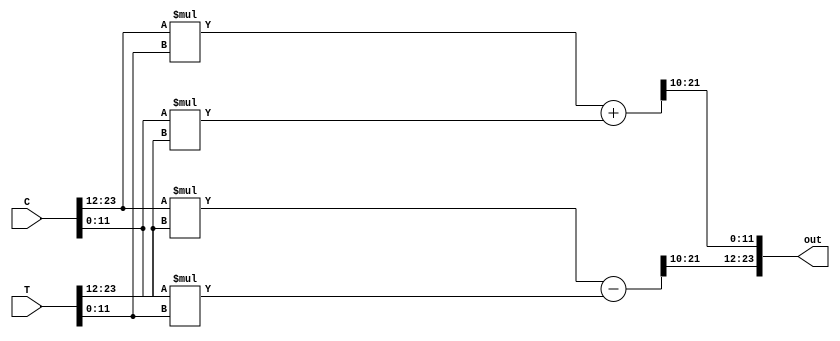
// Twiddle factor module
// Butterfly   twiddle factor   .

module Twiddle_Factor(out, C, T);

    output signed[24-1:0] out;
    input signed[24-1:0] C;
    input signed[24-1:0] T;

    wire signed[12-1:0] C_r, C_i, T_r, T_i;  // (12.10)
    assign C_r = C[24-1:12]; assign C_i = C[12-1:0];
    assign T_r = T[24-1:12]; assign T_i = T[12-1:0];

    //   
    wire signed[24-1:0] tmp_r1, tmp_r2, tmp_i1, tmp_i2;
    assign tmp_r1 = C_r * T_r;  // (24.20)
    assign tmp_r2 = C_i * T_i;  // (24.20)
    assign tmp_i1 = C_r * T_i;  // (24.20)
    assign tmp_i2 = C_i * T_r;  // (24.20)

    //   
    wire signed[25-1:0] tmp_r, tmp_i;
    assign tmp_r = tmp_r1 - tmp_r2; // (25.20)
    assign tmp_i = tmp_i1 + tmp_i2; // (25.20)

    wire signed[12-1:0] out_r, out_i;
    assign out_r = tmp_r[22-1:10];  // (12.10)
    assign out_i = tmp_i[22-1:10];  // (12.10)

    //  ( 3bit,  10bit truncate)
    // twiddle factor  -1<=T<1  ,     .(-1    .)
    //       ,  2   .
    assign out = {out_r, out_i};

endmodule